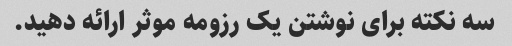
سه نکته برای نوشتن یک رزومه موثر ارائه دهید.